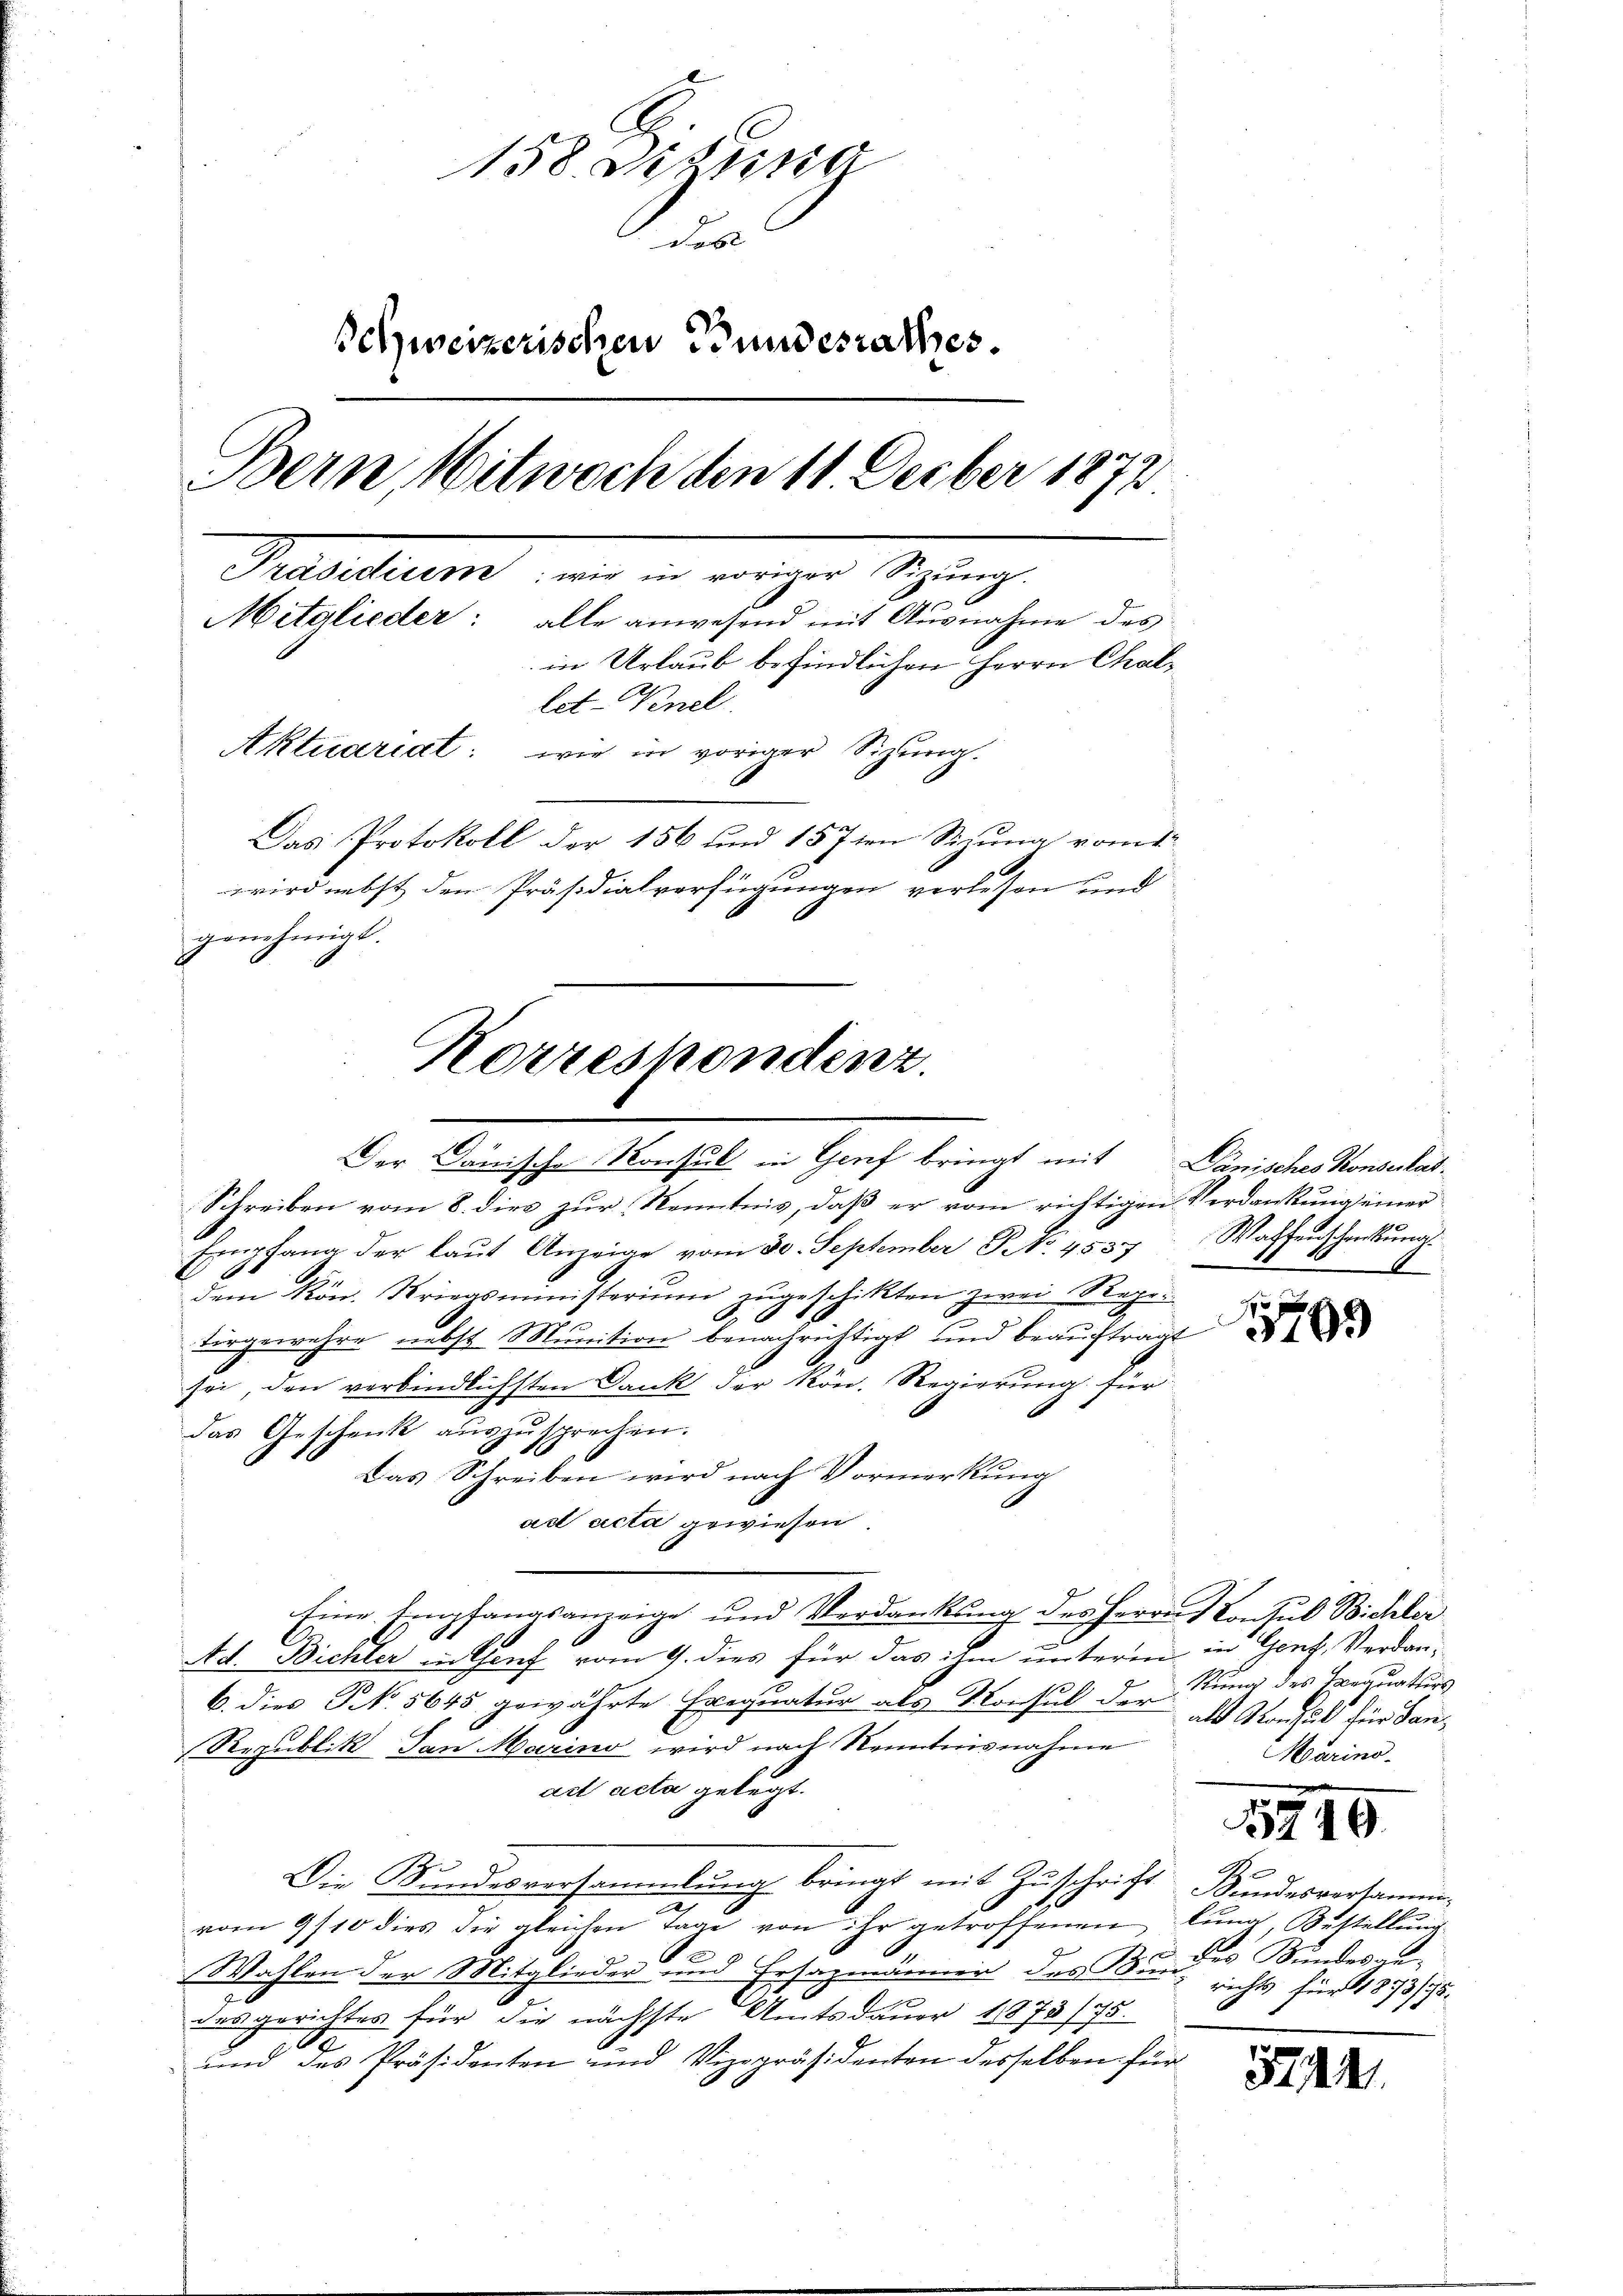
158. Dana
Fo
schweizerischen Bundesrathes.
Bern Mitwoch den 11 Decber 1872
Praesidium, und in weniger Sitzung
Mitglieder: alle anwesend mit Ausnahme des
in Urlaub befindlichen Herrn Challet-Knel.
Aktuariat: wie in voriger Sizung.
.
Das Protokoll der 156 und 157ten Sizung vom
wird nebst den Präsidialverfügungen verlesen und
genehmigt.

Korrespondenz.
Der Dänische Konsul in Genf bringt mit Dänisches Konsertat¬

Schreiben vom 8. dies zur Kenntnis, daß er vom richtigen Verdankung einer
Empfang der laŭt Anzeige vom 30. September No. 4537. Wassenschankŭng.
dem Kön. Kriegsministerium zugeschikten zwei Regitörgewehre nebst Munition benachrichtigt und beauftragt
sei, den verbindlichsten Dank der kön. Regierung für
das Geschenk auszusprechen.
Das Schreiben wird nach Vormerkung
act acta gewiesen
Eine Empfangsanzeige und Verdankung des Herrn Consul Bichler
Ad. Bichler in Genf vom 9. dies für das ihm unterm in Genf, Verdan¬
6. dies §. 5645 gewährte Frequatur als Konsul der ist Sorgfalt für dan¬
Republik dan Marino wird nach Kenntnisnahme
act acta gelegt.
Beend
Die Bundesversammlung bringt mit Zuschrift Bundesversammvom 9/10 dies die gleichen Tage von ihr getroffenen lung, Bestellung
2
Wahlen der Mitglieder und Ersazmänner des Bundes Bundesaudes gerichtes für die nächste Amtsdauer 1873/75.
I
und das Präsidenten und Vizepräsidenten desselben für

Stung des Aequaturs
Marino.

5740

richts für 1873/75.

5244